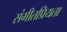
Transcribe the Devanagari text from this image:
संगीतप्रियता